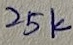
Text: 25K